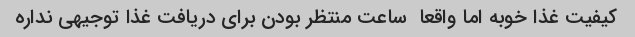
کیفیت غذا خوبه اما واقعا  ساعت منتظر بودن برای دریافت غذا توجیهی نداره